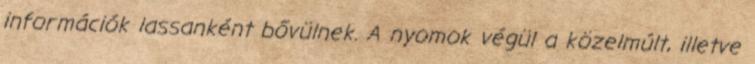
információk lassanként bővülnek. A nyomok végül a közelmúlt, illetve